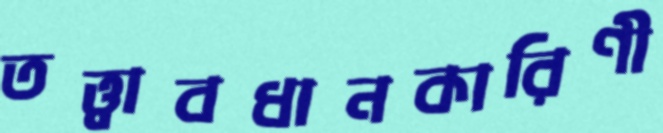
তত্ত্বাবধানকারিণী